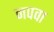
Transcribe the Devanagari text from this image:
नपवा